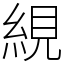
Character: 絸